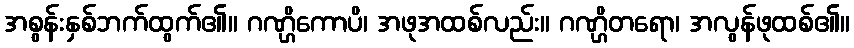
အစွန်းနှစ်ဘက်ထွက်၏။ ဂဏ္ဌိကောပိ၊ အဖုအထစ်လည်း။ ဂဏ္ဌိတရော၊ အလွန်ဖုထစ်၏။